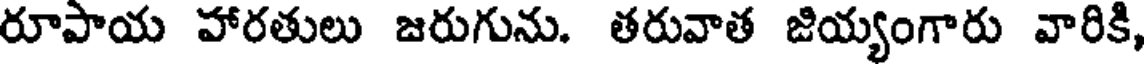
రూపాయ హారతులు జరుగును. తరువాత జియ్యంగారు వారికి,